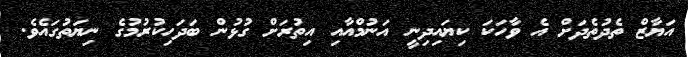
އަޔާޒް ތެދުތެދަށް އެ ވާހަކަ ކިޔައިދިނީ އަނުމްއާއި އިތުރަށް ގުޅުން ބަދަހިކުރުމުގެ ނިޔަތުގައެވެ.